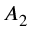
A _ { 2 }